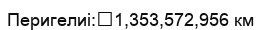
Перигелиі:	1,353,572,956 км